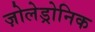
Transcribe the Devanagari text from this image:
ज़ोलेड्रोनिक